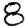
Digit: 8